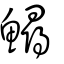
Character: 鱘